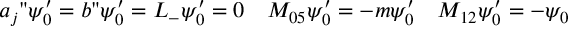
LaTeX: a _ { j } " \psi _ { 0 } ^ { \prime } = b " \psi _ { 0 } ^ { \prime } = L _ { - } \psi _ { 0 } ^ { \prime } = 0 \quad M _ { 0 5 } \psi _ { 0 } ^ { \prime } = - m \psi _ { 0 } ^ { \prime } \quad M _ { 1 2 } \psi _ { 0 } ^ { \prime } = - \psi _ { 0 }